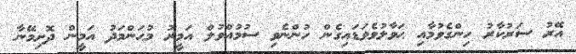
އޭރު ސަރުކާރު ހިންގެވުމާއި ޙަވާލުވެވަޑައިގެން ހުންނެވި ސުމުއްވުލް އަމީރު މުޙަންމަދު އަމީން ދޮށިމޭނާ